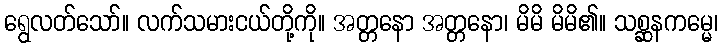
ရွေလတ်သော်။ လက်သမားငယ်တို့ကို။ အတ္တနော အတ္တနော၊ မိမိ မိမိ၏။ သစ္ဆနကမ္မေ၊